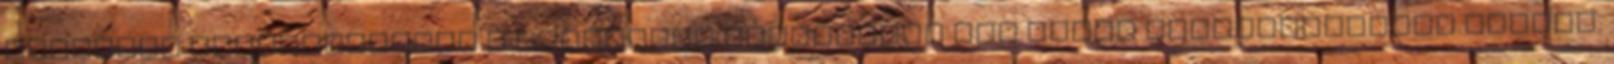
amelynek következtében a szervezet túlságosan sok kóros fehérvérsejtet termel.